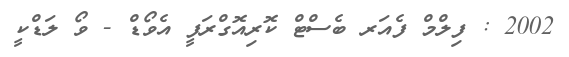
2002 : ފިލްމް ފެއަރ ބެސްޓް ކޮރިއޮގްރަފީ އެވޯޑް - ވޯ ލަޑްކީ